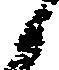
候